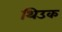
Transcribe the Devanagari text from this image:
थिउक